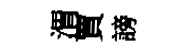
渭賈謗